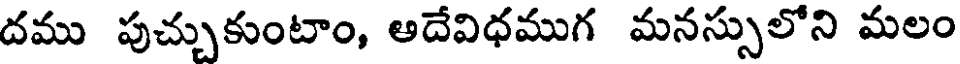
దము పుచ్చుకుంటాం, అదేవిధముగ మనస్సులోని మలం